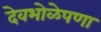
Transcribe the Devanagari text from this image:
देवभोळेपणा